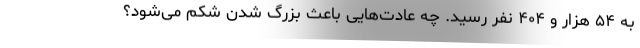
به ۵۴ هزار و ۴۰۴ نفر رسید. چه عادت‌هایی باعث بزرگ شدن شکم می‌شود؟